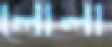
লোলা